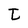
Character: t